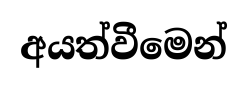
අයත්වීමෙන්